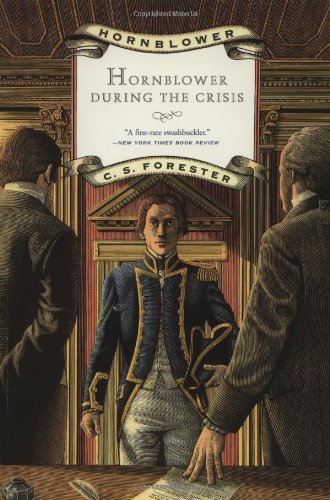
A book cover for Hornblower During the Crisis (Hornblower Saga); C. S. Forester; Literature & Fiction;